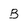
Character: B